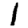
Digit: 1